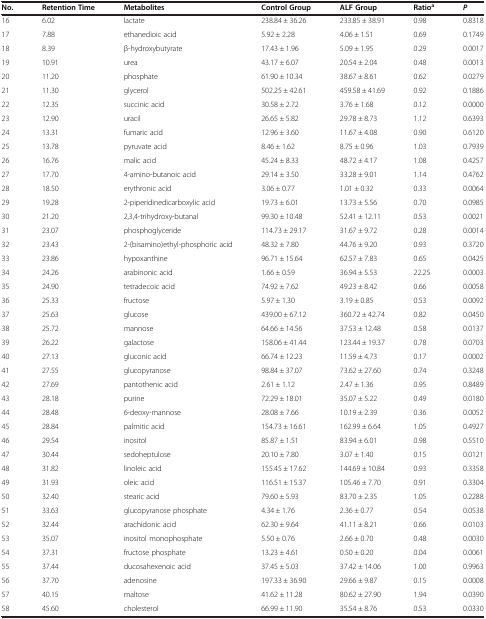
<table><thead><tr><td><b>No.</b></td><td><b>Retention Time</b></td><td><b>Metabolites</b></td><td><b>Control Group</b></td><td><b>ALF Group</b></td><td><b>Ratio<sup>a</sup></b></td><td><b><i>P</i></b></td></tr></thead><tbody><tr><td>16</td><td>6.02</td><td>lactate</td><td>238.84 ± 36.26</td><td>233.85 ± 38.91</td><td>0.98</td><td>0.8318</td></tr><tr><td>17</td><td>7.88</td><td>ethanedioic acid</td><td>5.92 ± 2.28</td><td>4.06 ± 1.51</td><td>0.69</td><td>0.1749</td></tr><tr><td>18</td><td>8.39</td><td>β-hydroxybutyrate</td><td>17.43 ± 1.96</td><td>5.09 ± 1.95</td><td>0.29</td><td>0.0017</td></tr><tr><td>19</td><td>10.91</td><td>urea</td><td>43.17 ± 6.07</td><td>20.54 ± 2.04</td><td>0.48</td><td>0.0013</td></tr><tr><td>20</td><td>11.20</td><td>phosphate</td><td>61.90 ± 10.34</td><td>38.67 ± 8.61</td><td>0.62</td><td>0.0279</td></tr><tr><td>21</td><td>11.30</td><td>glycerol</td><td>502.25 ± 42.61</td><td>459.58 ± 41.69</td><td>0.92</td><td>0.1886</td></tr><tr><td>22</td><td>12.35</td><td>succinic acid</td><td>30.58 ± 2.72</td><td>3.76 ± 1.68</td><td>0.12</td><td>0.0000</td></tr><tr><td>23</td><td>12.90</td><td>uracil</td><td>26.65 ± 5.82</td><td>29.78 ± 8.73</td><td>1.12</td><td>0.6393</td></tr><tr><td>24</td><td>13.31</td><td>fumaric acid</td><td>12.96 ± 3.60</td><td>11.67 ± 4.08</td><td>0.90</td><td>0.6120</td></tr><tr><td>25</td><td>13.78</td><td>pyruvate acid</td><td>8.46 ± 1.62</td><td>8.75 ± 0.96</td><td>1.03</td><td>0.7939</td></tr><tr><td>26</td><td>16.76</td><td>malic acid</td><td>45.24 ± 8.33</td><td>48.72 ± 4.17</td><td>1.08</td><td>0.4257</td></tr><tr><td>27</td><td>17.70</td><td>4-amino-butanoic acid</td><td>29.14 ± 3.50</td><td>33.28 ± 9.01</td><td>1.14</td><td>0.4762</td></tr><tr><td>28</td><td>18.50</td><td>erythronic acid</td><td>3.06 ± 0.77</td><td>1.01 ± 0.32</td><td>0.33</td><td>0.0064</td></tr><tr><td>29</td><td>19.28</td><td>2-piperidinedicarboxylic acid</td><td>19.73 ± 6.01</td><td>13.73 ± 5.56</td><td>0.70</td><td>0.0985</td></tr><tr><td>30</td><td>21.20</td><td>2,3,4-trihydroxy-butanal</td><td>99.30 ± 10.48</td><td>52.41 ± 12.11</td><td>0.53</td><td>0.0021</td></tr><tr><td>31</td><td>23.07</td><td>phosphoglyceride</td><td>114.73 ± 29.17</td><td>31.67 ± 9.72</td><td>0.28</td><td>0.0014</td></tr><tr><td>32</td><td>23.43</td><td>2-(bisamino)ethyl-phosphoric acid</td><td>48.32 ± 7.80</td><td>44.76 ± 9.20</td><td>0.93</td><td>0.3720</td></tr><tr><td>33</td><td>23.86</td><td>hypoxanthine</td><td>96.71 ± 15.64</td><td>62.57 ± 7.83</td><td>0.65</td><td>0.0425</td></tr><tr><td>34</td><td>24.26</td><td>arabinonic acid</td><td>1.66 ± 0.59</td><td>36.94 ± 5.53</td><td>22.25</td><td>0.0003</td></tr><tr><td>35</td><td>24.90</td><td>tetradecoic acid</td><td>74.92 ± 7.62</td><td>49.23 ± 8.42</td><td>0.66</td><td>0.0058</td></tr><tr><td>36</td><td>25.33</td><td>fructose</td><td>5.97 ± 1.30</td><td>3.19 ± 0.85</td><td>0.53</td><td>0.0092</td></tr><tr><td>37</td><td>25.63</td><td>glucose</td><td>439.00 ± 67.12</td><td>360.72 ± 42.74</td><td>0.82</td><td>0.0450</td></tr><tr><td>38</td><td>25.72</td><td>mannose</td><td>64.66 ± 14.56</td><td>37.53 ± 12.48</td><td>0.58</td><td>0.0137</td></tr><tr><td>39</td><td>26.22</td><td>galactose</td><td>158.06 ± 41.44</td><td>123.44 ± 19.37</td><td>0.78</td><td>0.0703</td></tr><tr><td>40</td><td>27.13</td><td>gluconic acid</td><td>66.74 ± 12.23</td><td>11.59 ± 4.73</td><td>0.17</td><td>0.0002</td></tr><tr><td>41</td><td>27.55</td><td>glucopyranose</td><td>98.84 ± 37.07</td><td>73.62 ± 27.60</td><td>0.74</td><td>0.3248</td></tr><tr><td>42</td><td>27.69</td><td>pantothenic acid</td><td>2.61 ± 1.12</td><td>2.47 ± 1.36</td><td>0.95</td><td>0.8489</td></tr><tr><td>43</td><td>28.18</td><td>purine</td><td>72.29 ± 18.01</td><td>35.07 ± 5.22</td><td>0.49</td><td>0.0180</td></tr><tr><td>44</td><td>28.48</td><td>6-deoxy-mannose</td><td>28.08 ± 7.66</td><td>10.19 ± 2.39</td><td>0.36</td><td>0.0052</td></tr><tr><td>45</td><td>28.84</td><td>palmitic acid</td><td>154.73 ± 16.61</td><td>162.99 ± 6.64</td><td>1.05</td><td>0.4927</td></tr><tr><td>46</td><td>29.54</td><td>inositol</td><td>85.87 ± 1.51</td><td>83.94 ± 6.01</td><td>0.98</td><td>0.5510</td></tr><tr><td>47</td><td>30.44</td><td>sedoheptulose</td><td>20.10 ± 7.80</td><td>3.07 ± 1.40</td><td>0.15</td><td>0.0121</td></tr><tr><td>48</td><td>31.82</td><td>linoleic acid</td><td>155.45 ± 17.62</td><td>144.69 ± 10.84</td><td>0.93</td><td>0.3358</td></tr><tr><td>49</td><td>31.93</td><td>oleic acid</td><td>116.51 ± 15.37</td><td>105.46 ± 7.70</td><td>0.91</td><td>0.3304</td></tr><tr><td>50</td><td>32.40</td><td>stearic acid</td><td>79.60 ± 5.93</td><td>83.70 ± 2.35</td><td>1.05</td><td>0.2288</td></tr><tr><td>51</td><td>33.63</td><td>glucopyranose phosphate</td><td>4.34 ± 1.76</td><td>2.36 ± 0.77</td><td>0.54</td><td>0.0538</td></tr><tr><td>52</td><td>32.44</td><td>arachidonic acid</td><td>62.30 ± 9.64</td><td>41.11 ± 8.21</td><td>0.66</td><td>0.0103</td></tr><tr><td>53</td><td>35.07</td><td>inositol monophosphate</td><td>5.50 ± 0.76</td><td>2.66 ± 0.70</td><td>0.48</td><td>0.0030</td></tr><tr><td>54</td><td>37.31</td><td>fructose phosphate</td><td>13.23 ± 4.61</td><td>0.50 ± 0.20</td><td>0.04</td><td>0.0061</td></tr><tr><td>55</td><td>37.44</td><td>ducosahexenoic acid</td><td>37.45 ± 5.03</td><td>37.42 ± 14.06</td><td>1.00</td><td>0.9963</td></tr><tr><td>56</td><td>37.70</td><td>adenosine</td><td>197.33 ± 36.90</td><td>29.66 ± 9.87</td><td>0.15</td><td>0.0008</td></tr><tr><td>57</td><td>40.15</td><td>maltose</td><td>41.62 ± 11.28</td><td>80.62 ± 27.90</td><td>1.94</td><td>0.0390</td></tr><tr><td>58</td><td>45.60</td><td>cholesterol</td><td>66.99 ± 11.90</td><td>35.54 ± 8.76</td><td>0.53</td><td>0.0330</td></tr></tbody></table>